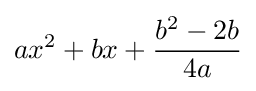
ax^{2}+bx+{\frac {b^{2}-2b}{4a}}